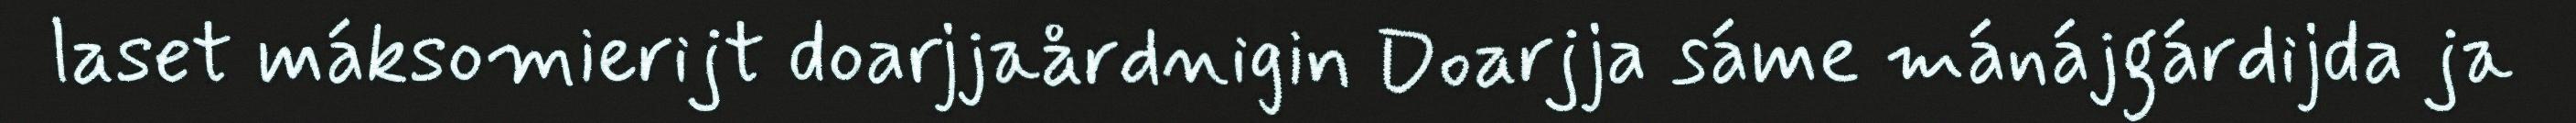
laset máksomierijt doarjjaårdnigin Doarjja sáme mánájgárdijda ja